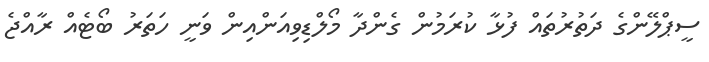
ސީޕްލޭންގެ ދަތުރުތައް ފުޅާ ކުރަމުން ގެންދާ މޯލްޑިވިއަންއިން ވަނީ ހަތަރު ބޯޓެއް ރާއްޖެ